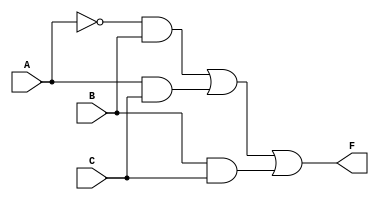
module Lab1_dataflow(F,A,B,C);

	output F;
	input A,B,C;
	assign F=( ((!A)&&B)||(A&&C) )  ||  (B&&C) ;

endmodule